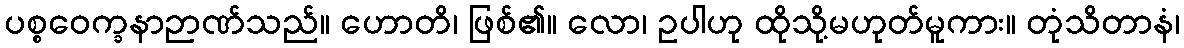
ပစ္စဝေက္ခနာဉာဏ်သည်။ ဟောတိ၊ ဖြစ်၏။ လော၊ ဥပါဟု ထိုသို့မဟုတ်မူကား။ တုံသိတာနံ၊